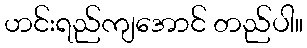
ဟင်းရည်ကျအောင် တည်ပါ။